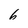
Character: 6